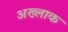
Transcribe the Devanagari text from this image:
अख्लाक